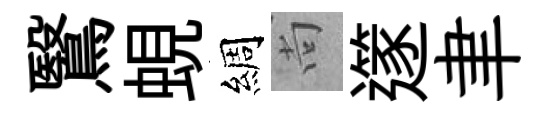
鷖蜆綢尚𨗹聿